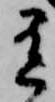
有